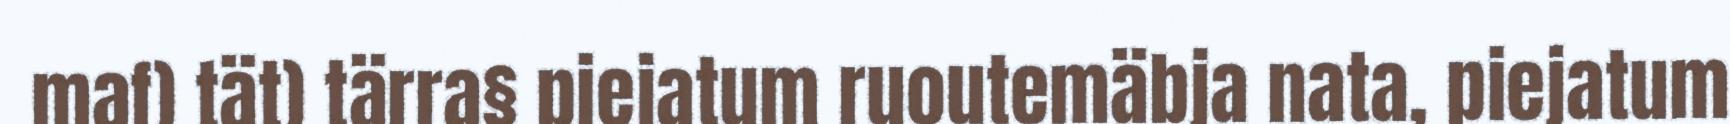
maf) tät) tärra§ piejatum ruoutemäbja nata, piejatum